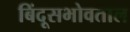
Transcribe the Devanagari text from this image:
बिंदूसभोवताल